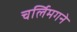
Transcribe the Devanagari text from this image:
चर्लिमगने